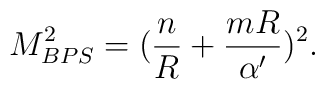
M^2_{BPS}=({n\over R}+{mR\over\alpha^\prime})^2.